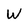
Character: W